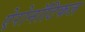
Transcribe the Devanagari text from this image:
ऐरोनॉटिकल